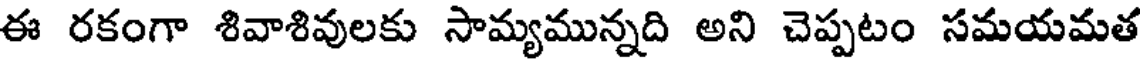
ఈ రకంగా శివాశివులకు సామ్యమున్నది అని చెప్పటం సమయమత